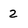
Character: 2